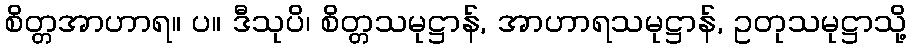
စိတ္တအာဟာရ။ ပ။ ဒီသုပိ၊ စိတ္တသမုဋ္ဌာန်, အာဟာရသမုဋ္ဌာန်, ဥတုသမုဋ္ဌာသို့